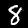
Label: 8